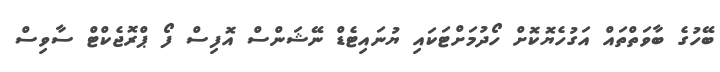
ބޭހުގެ ބާވަތްތައް އަގުހެޔޮކޮށް ހޯދުމަށްޓަކައި ޔުނައިޓެޑް ނޭޝަންސް އޮފިސް ފޯ ޕްރޮޖެކްޓް ސާވިސް